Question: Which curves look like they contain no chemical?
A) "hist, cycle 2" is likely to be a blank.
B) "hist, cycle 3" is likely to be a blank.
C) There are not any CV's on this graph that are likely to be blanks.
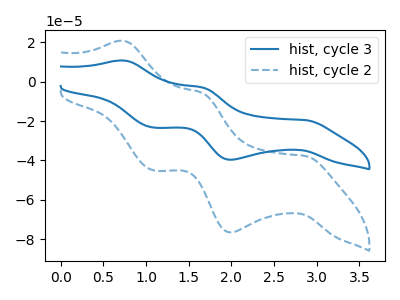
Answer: <think>The blue curve "hist, cycle 3" has anodic peaks at (0.75V, 10.70uA) (1.65V, -2.95uA) and cathodic peaks at (2.85V, -19.50uA) (2.00V, -39.60uA) (1.10V, -23.30uA). The blue dashed curve "hist, cycle 2" has anodic peaks at (0.75V, 20.65uA) (1.65V, -5.70uA) and cathodic peaks at (2.85V, -37.65uA) (2.00V, -76.45uA) (1.10V, -44.95uA).</think>
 <answer>C) There are not any CV's on this graph that are likely to be blanks.</answer>
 <eval>C</eval>